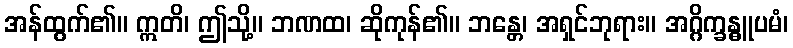
အန်ထွက်၏။ ဣတိ၊ ဤသို့။ ဘဏထ၊ ဆိုကုန်၏။ ဘန္တေ၊ အရှင်ဘုရား။ အဂ္ဂိက္ခန္ဓူပမံ၊